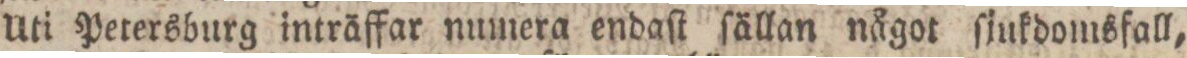
Uti Petersburg inträffar numera endaſt ſällan något ſjukdomsfall,